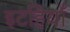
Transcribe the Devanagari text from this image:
इटहियाँ